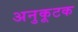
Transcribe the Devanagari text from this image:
अनुकूटक